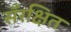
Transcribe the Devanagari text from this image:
सँरक्षित